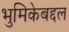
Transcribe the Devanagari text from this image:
भुमिकेबद्दल